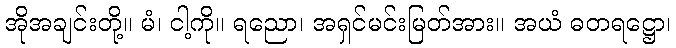
အိုအချင်းတို့။ မံ၊ ငါ့ကို။ ရညော၊ အရှင်မင်းမြတ်အား။ အယံ ဓတရဋ္ဌော၊